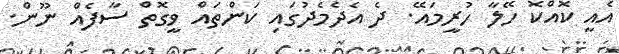
އެއީ ކޮއްކޮ ހޭލާ ހުރީމައޭ. ދެ އެދެމެދުގައި ކަންތައް ވީގޮތް ސާފެއް ނޫން.